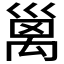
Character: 𥝁